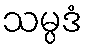
သမ္ပဒံ